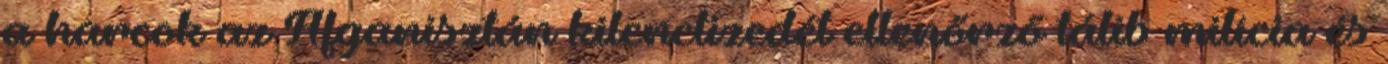
a harcok az Afganisztán kilenctizedét ellenőrző tálib milícia és